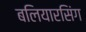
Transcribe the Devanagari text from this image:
बलियारसिंग